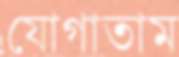
যোগাতাম